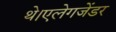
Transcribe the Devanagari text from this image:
थे।एलेगजेंडर